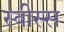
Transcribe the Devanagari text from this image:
स्वीस्स